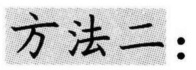
方法二：